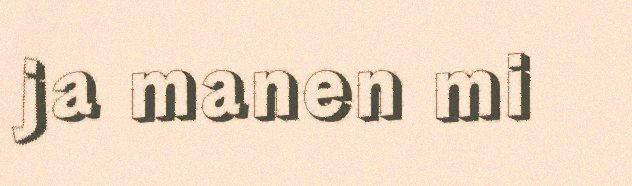
ja manen mi